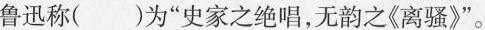
鲁迅称()为”史家之绝唱，无韵之《离骚》”。